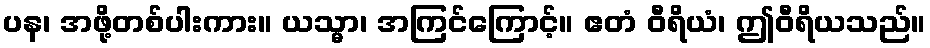
ပန၊ အဖို့တစ်ပါးကား။ ယသ္မာ၊ အကြင်ကြောင့်။ ဧတံ ဝီရိယံ၊ ဤဝီရိယသည်။